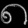
Digit: ၈